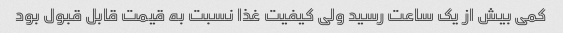
کمی بیش از یک ساعت رسید ولی کیفیت غذا نسبت به قیمت قابل قبول بود